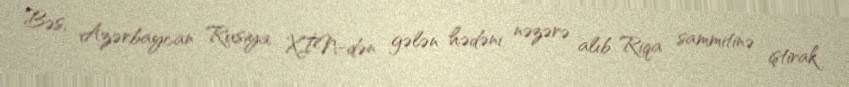
Bəs, Azərbaycan Rusiya XİN-dən gələn hədəni nəzərə alıb Riqa sammitinə iştirak